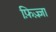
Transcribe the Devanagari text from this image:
फ़िज़्ज़ा